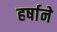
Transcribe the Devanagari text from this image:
हर्षाने